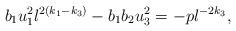
LaTeX: \begin{align*}b_{1}u_{1}^{2}l^{2(k_{1} - k_{3})} - b_{1}b_{2}u_{3}^{2} = -pl^{-2k_{3}},\end{align*}